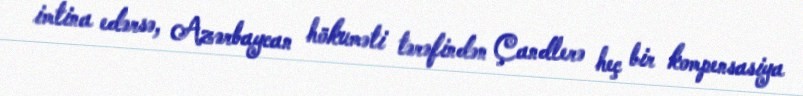
imtina edərsə, Azərbaycan hökuməti tərəfindən Çandlerə heç bir kompensasiya